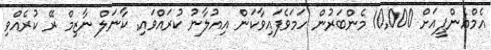
އެމްއެންޕީއަށް 10